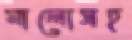
মালোসহ